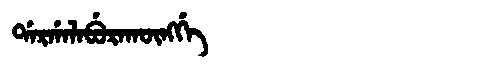
Manchu: ᡩᠠᡵᡤᠠᠯᠠᠪᡠᡵᠠᡴᡡᠩᡤᡝ
Romanization: DARGALABURAKŪNGGE